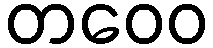
တဝေဝ